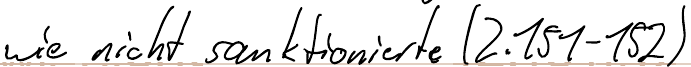
wie nicht sanktionierte (Z.151-152)